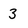
Character: 3